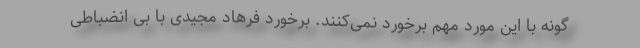
گونه با این مورد مهم برخورد نمی‌کنند. برخورد فرهاد مجیدی با بی انضباطی